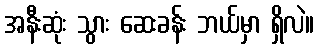
အနီးဆုံး သွား ဆေးခန်း ဘယ်မှာ ရှိလဲ။